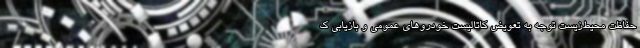
حفاظت محیط‌زیست توجه به تعویض کاتالیست خودروهای عمومی و بازیابی ک